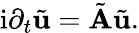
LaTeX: \mathrm{i}\partial_{t}\tilde{\mathbf{u}}=\tilde{\mathbf{A}}\tilde{\mathbf{u}}.